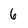
Character: 6